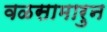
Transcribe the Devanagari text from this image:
वळसामारुन